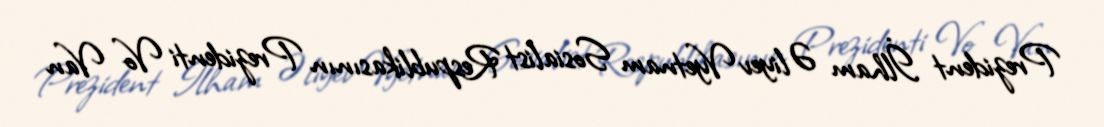
Prezident İlham Əliyev Vyetnam Sosialist Respublikasının Prezidenti Vo Van